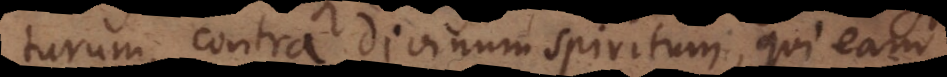
turum, contra divinum Spiritum, qui eam